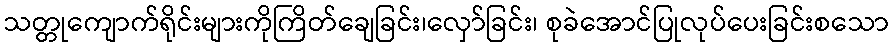
သတ္တုကျောက်ရိုင်းများကိုကြိတ်ချေခြင်း၊လှော်ခြင်း၊ စုခဲအောင်ပြုလုပ်ပေးခြင်းစသော